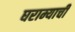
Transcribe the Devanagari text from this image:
घराम्याची